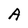
Character: A